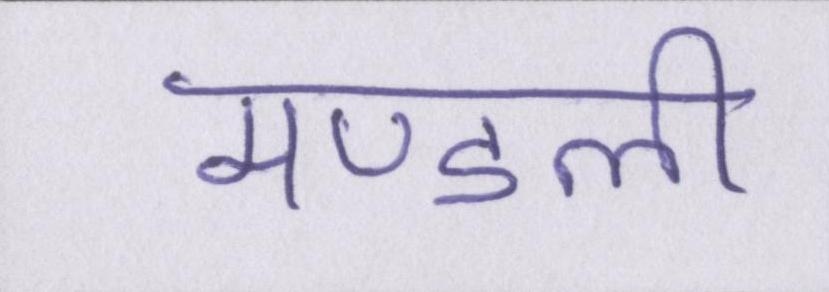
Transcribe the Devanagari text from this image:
मण्डली